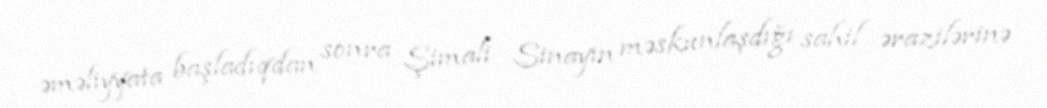
əməliyyata başladıqdan sonra Şimali Sinayın məskunlaşdığı sahil ərazilərinə